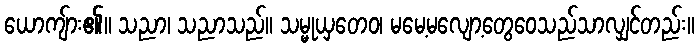
ယောကျ်ား၏။ သညာ၊ သညာသည်။ သမ္မုယှတေဝ၊ မမေ့မလျော့တွေဝေသည်သာလျှင်တည်း။